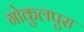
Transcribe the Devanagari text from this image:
गोकुलपुरा